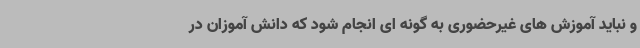
و نباید آموزش های غیرحضوری به گونه ای انجام شود که دانش آموزان در